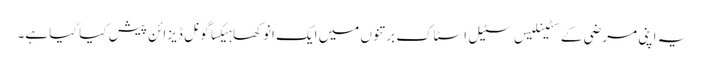
یہ اپنی مرضی کے سٹینلیس سٹیل اسٹاک برتنوں میں ایک انوکھا ہیکساگونل ڈیزائن پیش کیا گیا ہے۔